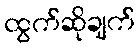
ထွက်ဆိုချက်